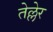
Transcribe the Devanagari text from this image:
तेल्लेर